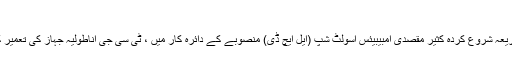
TCG اناطولیہ
ایس ایس بی کے ذریعہ شروع کردہ کثیر مقصدی امبیبیئس اسولٹ شپ (ایل ایچ ڈی) منصوبے کے دائرہ کار میں ، ٹی سی جی اناطولیہ جہاز کی تعمیر کا کام شروع ہوگیا۔